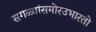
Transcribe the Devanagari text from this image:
सगळ्यांसमोरउभारतो